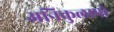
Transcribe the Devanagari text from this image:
अनिकुलापो